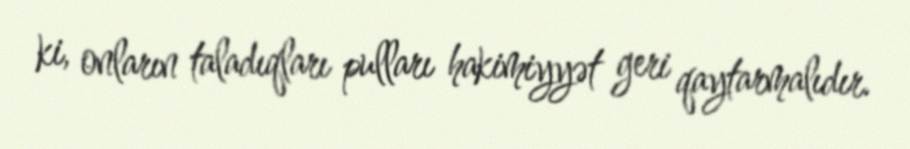
ki, onların taladıqları pulları hakimiyyət geri qaytarmalıdır.